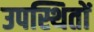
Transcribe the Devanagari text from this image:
उपस्थितों